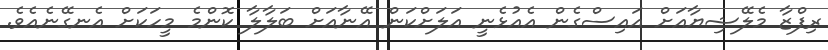
ރިފްޒާ މެލޭޝިޔާއަށް އައިސްގެން އެއުޅެނީ އަލަށްކަން އޭނާއަށް ބަލާލާ ކޮންމެ މީހަކަށް އެނގޭނެއެވެ.